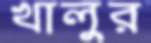
খালুর